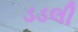
ડડલી